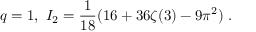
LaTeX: q = 1 , \ I _ { 2 } = \frac 1 { 1 8 } ( 1 6 + 3 6 \zeta ( 3 ) - 9 \pi ^ { 2 } ) \ .